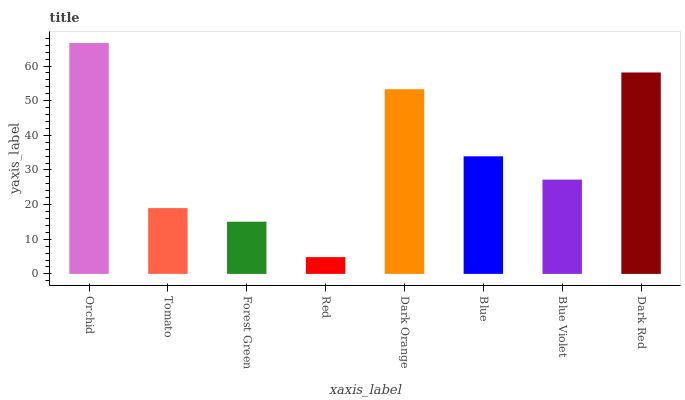
| xaxis_label | bars |
 | --- | --- |
 | Orchid | 66.6 |
 | Tomato | 19 |
 | Forest Green | 15.1 |
 | Red | 4.84 |
 | Dark Orange | 53.3 |
 | Blue | 33.9 |
 | Blue Violet | 27.2 |
 | Dark Red | 58.2 |